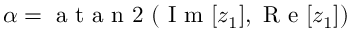
\alpha = \textrm { a t a n 2 } ( \textrm { I m } [ z _ { 1 } ] , \textrm { R e } [ z _ { 1 } ] )